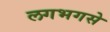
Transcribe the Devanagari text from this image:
लगभगसे